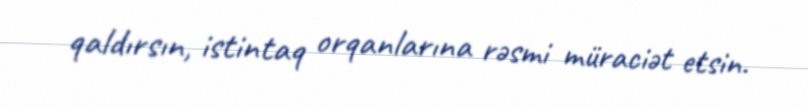
qaldırsın, istintaq orqanlarına rəsmi müraciət etsin.